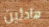
هادئين